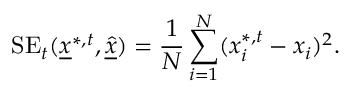
\mathrm { S E } _ { t } ( \underline { { x } } ^ { * , t } , \underline { { \hat { x } } } ) = \frac { 1 } { N } \sum _ { i = 1 } ^ { N } ( x _ { i } ^ { * , t } - x _ { i } ) ^ { 2 } .